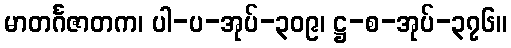
မာတင်္ဂဇာတက၊ ပါ-ပ-အုပ်-၃၀၉၊ ဋ္ဌ-စ-အုပ်-၃၇၆။